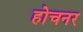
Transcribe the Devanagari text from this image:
होचनर